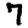
Digit: 7